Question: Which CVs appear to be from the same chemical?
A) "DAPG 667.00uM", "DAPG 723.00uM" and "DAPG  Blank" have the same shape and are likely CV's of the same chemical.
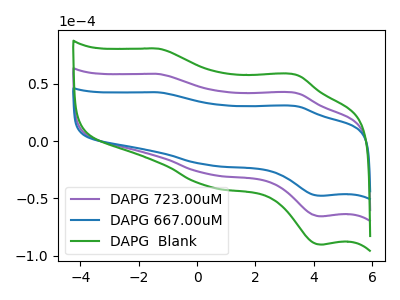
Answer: <think>The purple curve "DAPG 723.00uM" has anodic peaks at (-1.30V, 58.70uA) (3.40V, 42.10uA) and cathodic peaks at (0.40V, -28.80uA) (4.25V, -65.60uA). The blue curve "DAPG 667.00uM" has anodic peaks at (-1.30V, 42.65uA) (3.40V, 30.60uA) and cathodic peaks at (0.40V, -20.90uA) (4.25V, -47.65uA). The green curve "DAPG  Blank" has anodic peaks at (-1.30V, 117.40uA) (3.40V, 84.20uA) and cathodic peaks at (0.40V, -57.60uA) (4.25V, -131.20uA).
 All the peaks in "DAPG 723.00uM" have a peak in "DAPG 667.00uM" at the same potential. Every peak in "DAPG 723.00uM" is higher than every peak in "DAPG 667.00uM". All the peaks in "DAPG 723.00uM" have a peak in "DAPG  Blank" at the same potential. Every peak in "DAPG 723.00uM" is lower than every peak in "DAPG  Blank". All the peaks in "DAPG 667.00uM" have a peak in "DAPG  Blank" at the same potential. Every peak in "DAPG 667.00uM" is lower than every peak in "DAPG  Blank".</think>
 <answer>A) "DAPG 667.00uM", "DAPG 723.00uM" and "DAPG  Blank" have the same shape and are likely CV's of the same chemical.</answer>
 <eval>A</eval>